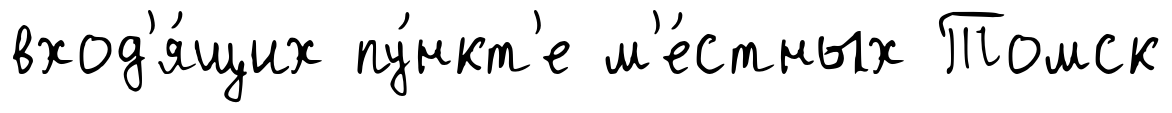
вход'я́щих пу́нкт'е м'е́стных Томск